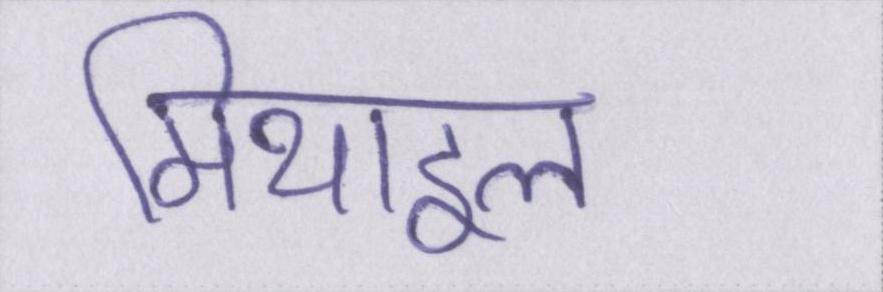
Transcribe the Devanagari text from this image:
मिथाइल